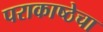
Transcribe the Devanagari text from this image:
पराकाष्ठेचा